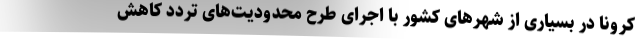
کرونا در بسیاری از شهرهای کشور با اجرای طرح محدودیت‌های تردد کاهش